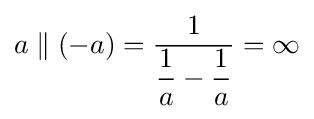
a\parallel (-a)={\frac {1}{{\dfrac {1}{a}}-{\dfrac {1}{a}}}}=\infty